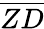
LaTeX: \overline{{ZD}}